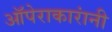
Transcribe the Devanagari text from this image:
ऑपेराकारांनी